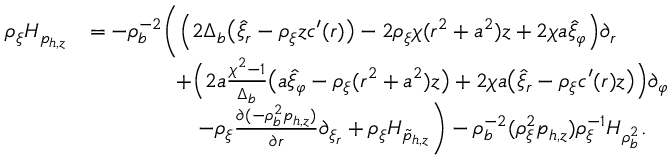
\begin{array} { r l } { \rho _ { \xi } H _ { p _ { h , z } } } & { = - \rho _ { b } ^ { - 2 } \bigg ( \Big ( 2 \Delta _ { b } \big ( \hat { \xi } _ { r } - \rho _ { \xi } z c ^ { \prime } ( r ) \big ) - 2 \rho _ { \xi } \chi ( r ^ { 2 } + a ^ { 2 } ) z + 2 \chi a \hat { \xi } _ { \varphi } \Big ) \partial _ { r } } \\ & { \qquad \qquad + \Big ( 2 a \frac { \chi ^ { 2 } - 1 } { \Delta _ { b } } \big ( a \hat { \xi } _ { \varphi } - \rho _ { \xi } ( r ^ { 2 } + a ^ { 2 } ) z \big ) + 2 \chi a \big ( \hat { \xi } _ { r } - \rho _ { \xi } c ^ { \prime } ( r ) z \big ) \Big ) \partial _ { \varphi } } \\ & { \qquad \qquad \quad - \rho _ { \xi } \frac { \partial ( - \rho _ { b } ^ { 2 } p _ { h , z } ) } { \partial r } \partial _ { \xi _ { r } } + \rho _ { \xi } H _ { \tilde { p } _ { h , z } } \bigg ) - \rho _ { b } ^ { - 2 } ( \rho _ { \xi } ^ { 2 } p _ { h , z } ) \rho _ { \xi } ^ { - 1 } H _ { \rho _ { b } ^ { 2 } } . } \end{array}